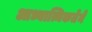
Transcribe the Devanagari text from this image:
आध्यात्मिकतेने